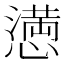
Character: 𢡛